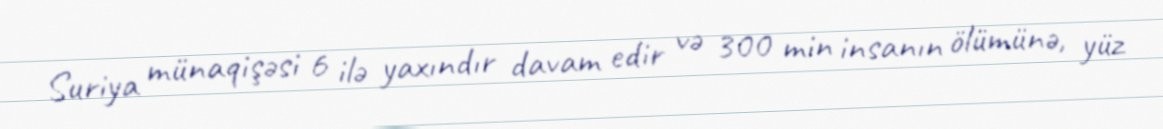
Suriya münaqişəsi 6 ilə yaxındır davam edir və 300 min insanın ölümünə, yüz